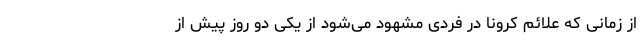
از زمانی که علائم کرونا در فردی مشهود می‌شود از یکی دو روز پیش از